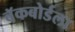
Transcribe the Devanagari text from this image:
बॅकबोर्डला